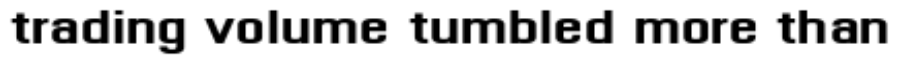
trading volume tumbled more than